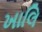
ખાલિ